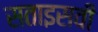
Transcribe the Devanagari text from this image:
सताइसवीं